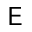
\mathsf { E }